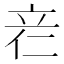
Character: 𰩡